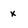
Character: x